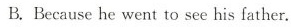
B.Because he went to see his father.